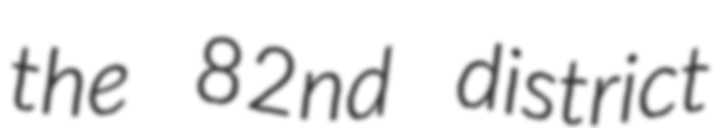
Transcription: the 82nd district